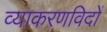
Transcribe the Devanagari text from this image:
व्याकरणविदों